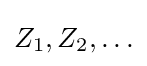
Z_{1},Z_{2},\ldots